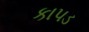
કાપડ